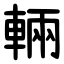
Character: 輛